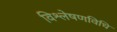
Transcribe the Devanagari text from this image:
विश्लेषणविधि